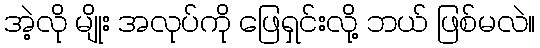
အဲ့လို မျိုး အလုပ်ကို ဖြေရှင်းလို့ ဘယ် ဖြစ်မလဲ။